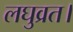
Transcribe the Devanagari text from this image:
लघुव्रत।